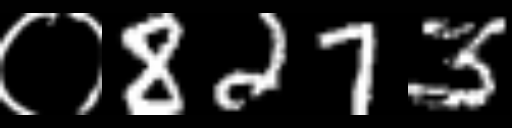
Text: ०8273